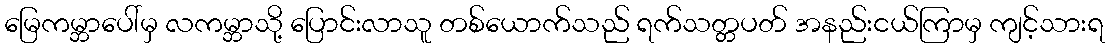
မြေကမ္ဘာပေါ်မှ လကမ္ဘာသို့ ပြောင်းလာသူ တစ်ယောက်သည် ရက်သတ္တပတ် အနည်းငယ်ကြာမှ ကျင့်သားရ